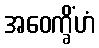
အဝေက္ခိံဟံ